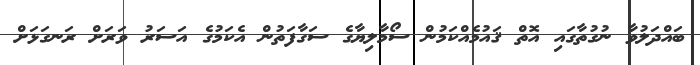
ބައްދަލުވާ ނުގުތާގައި އޮތް ޤައުމެއްކަމުން ސޯމާލިޔާގެ ސަގާފަތުން އެކަމުގެ އަސަރު ވަރަށް ރަނގަޅަށް